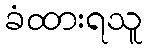
ခံထားရသူ